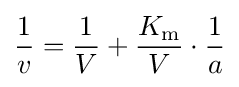
{\frac {1}{v}}={\frac {1}{V}}+{\frac {K_{\mathrm {m} }}{V}}\cdot {\frac {1}{a}}